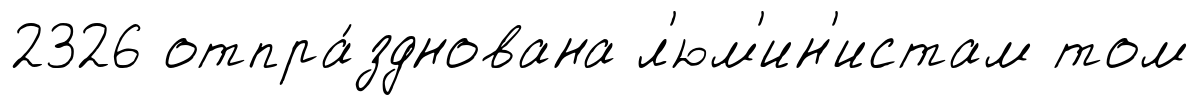
2326 отпра́зднована л'юм'ин'истам том